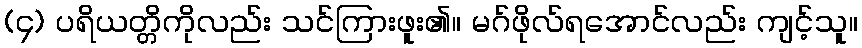
(၄) ပရိယတ္တိကိုလည်း သင်ကြားဖူး၏။ မဂ်ဖိုလ်ရအောင်လည်း ကျင့်သူ။